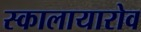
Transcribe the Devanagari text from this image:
स्कालायारोव